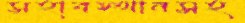
সহাবস্থানসহ